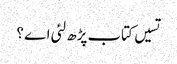
تسیں کتاب پڑھ لئی اے ؟